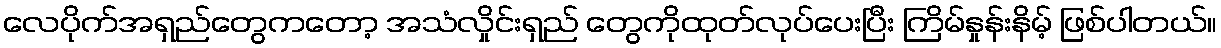
လေပိုက်အရှည်တွေကတော့ အသံလှိုင်းရှည် တွေကိုထုတ်လုပ်ပေးပြီး ကြိမ်နှုန်းနိမ့် ဖြစ်ပါတယ်။